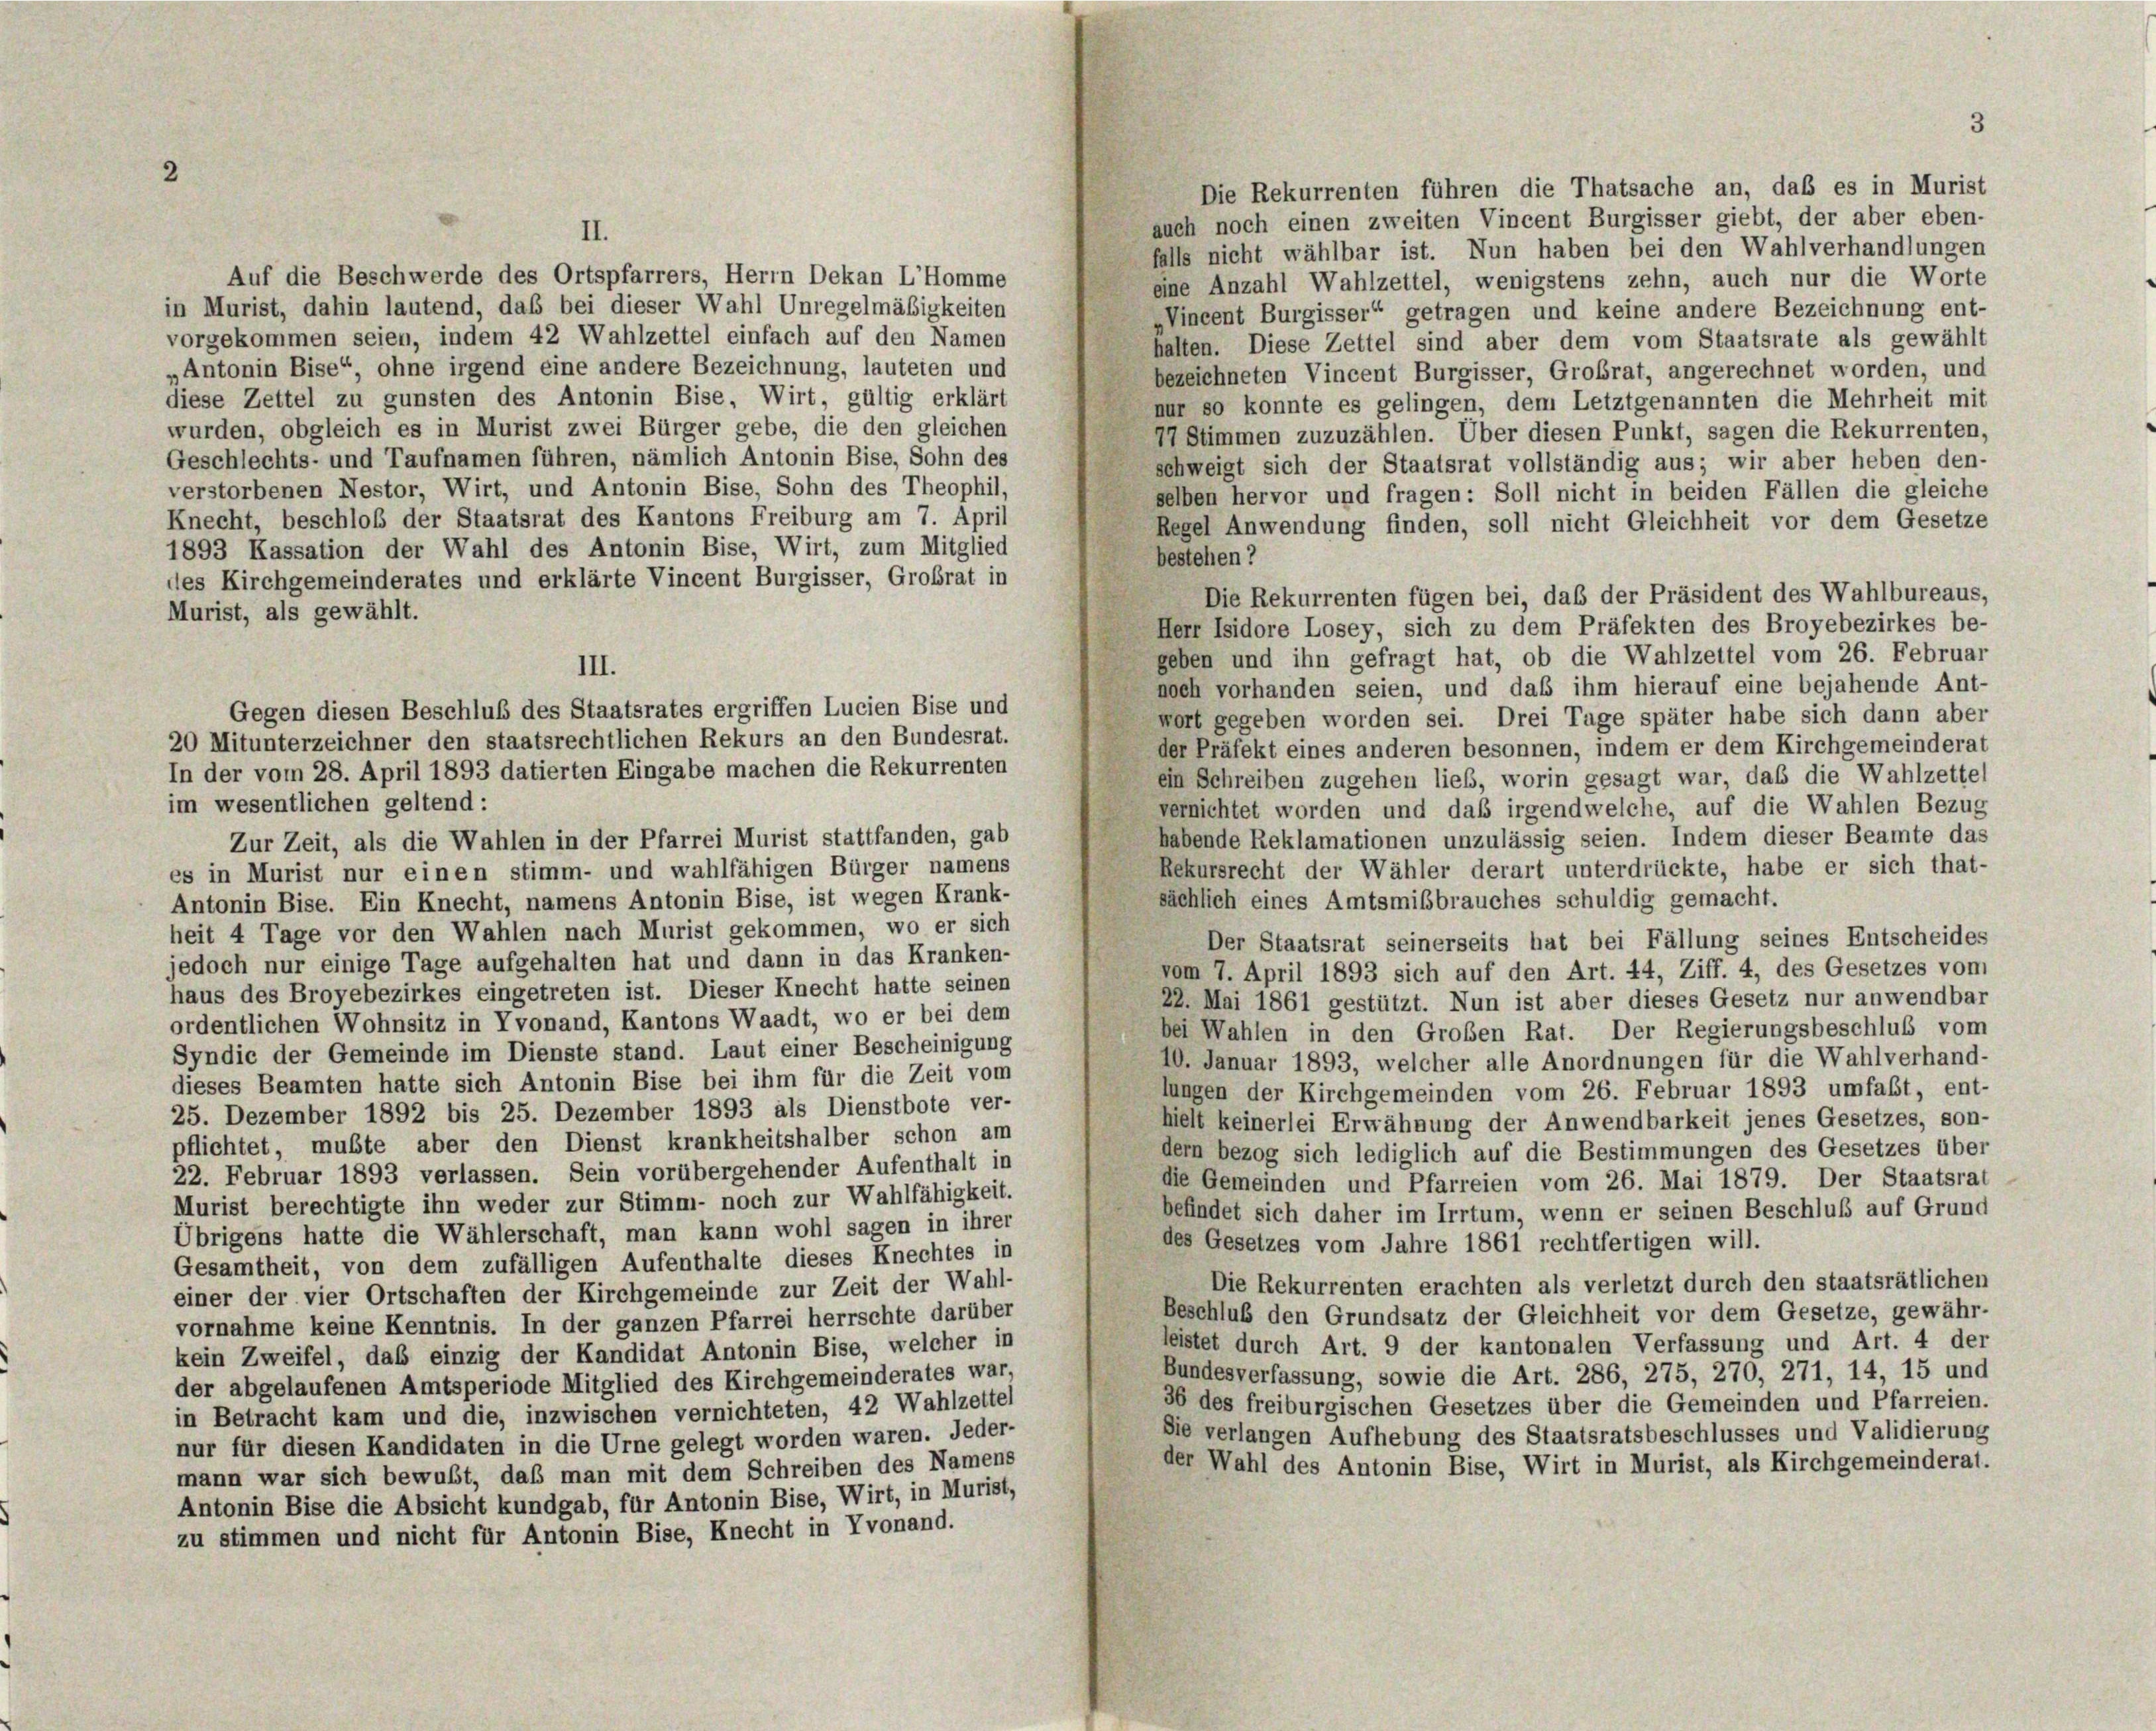
Die Rekurrenten führen die Thatsache an, daß es in Murist
auch noch einen zweiten Vincent Burgisser giebt, der aber eben-
II.
falls nicht wählbar ist. Nun haben bei den Wahlverhandlungen
Auf die Beschwerde des Ortspfarrers, Herrn Dekan L’homme
eine Anzahl Wahlzettel, wenigstens zehn, auch nur die Worte
in Murist, dahin lautend, daß bei dieser Wahl Unregelmäßigkeiten
Nincent Burgisser“ getragen und keine andere Bezeichnung ent-
vorgekommen seien, indem 42 Wahlzettel einfach auf den Namen
halten. Diese Zettel sind aber dem vom Staatsrate als gewählt
„Antonin Bise“, ohne irgend eine andere Bezeichnung, lauteten und
bezeichneten Vincent Burgisser, Grobrat, angerechnet worden, und
diese Zettel zu gunsten des Antonin Bise, Wirt, gültig erklärt
nur so konnte es gelingen, dem Letztgenannten die Mehrheit mit
wurden, obgleich es in Murist zwei Bürger gebe, die den gleichen
Stimmen zuzuzählen. Über diesen Punkt, sagen die Rekurrenten,
Geschlechts- und Taufnamen führen, nämlich Antonin Bise, Sohn des
schweigt sich der Staatsrat vollständig aus; wir aber heben den-
verstorbenen Nestor, Wirt, und Antonin Bise, Sohn des Theophil,
selben hervor und fragen: Soll nicht in beiden Fällen die gleiche
Knecht, beschloß der Staatsrat des Kantons Freiburg am 7. April
Regel Anwendung finden, soll nicht Gleichheit vor dem Gesetze
1893 Kassation der Wahl des Antonin Bise, Wirt, zum Mitglied
bestehen?
des Kirchgemeinderates und erklärte Vincent Burgisser, Großrat in
Die Rekurrenten fügen bei, daß der Präsident des Wahlbureaus,
Murist, als gewählt.
Herr Isidore Losey, sich zu dem Präfekten des Broyebezirkes be-
geben und ihn gefragt hat, ob die Wahlzettel vom 26. Februar
III.
noch vorhanden seien, und daß ihm hierauf eine bejahende Ant-
Gegen diesen Beschluß des Staatsrates ergriffen Lucien Bise und
wort gegeben worden sei. Drei Tage später habe sich dann aber
20 Mitunterzeichner den staatsrechtlichen Rekurs an den Bundesrat.
der Präfekt eines anderen besonnen, indem er dem Kirchgemeinderat
In der vom 28. April 1893 datierten Eingabe machen die Rekurrenten
ein Schreiben zugehen lieb, worin gesagt war, das die Wahlzettel
im wesentlichen geltend:
vernichtet worden und daß irgendwelche, auf die Wahlen Bezug
habende Reklamationen unzulässig seien. Indem dieser Beamte das
Zur Zeit, als die Wahlen in der Pfarrei Murist stattfanden, gab
Rekursrecht der Wähler derart unterdrückte, habe er sich that-
es in Murist nur einen stimm- und wahlfähigen Bürger namens
sächlich eines Amtsmißbrauches schuldig gemacht.
Antonin Bise. Ein Knecht, namens Antonin Bise, ist wegen Krank-
heit 4 Tage vor den Wahlen nach Murist gekommen, wo er sich
Der Staatsrat seinerseits hat bei Fällung seines Entscheides
jedoch nur einige Tage aufgehalten hat und dann in das Kranken-
vom 7. April 1893 sich auf den Art. 44, Ziff. 4, des Gesetzes vom
haus des Broyebezirkes eingetreten ist. Dieser Knecht hatte seinen
22. Mai 1861 gestützt. Nun ist aber dieses Gesetz nur anwendbar
ordentlichen Wohnsitz in Tvonand, Kantons Waadt, wo er bei dem
bei Wahlen in den Großen Rat. Der Regierungsbeschluß vom
Syndic der Gemeinde im Dienste stand. Laut einer Bescheinigung
10. Januar 1893, welcher alle Anordnungen für die Wahlverhand-
dieses Beamten hatte sich Antonin Bise bei ihm für die Zeit vom
lungen der Kirchgemeinden vom 26. Februar 1893 umfaßt, ent-
25. Dezember 1892 bis 25. Dezember 1893 als Dienstbote ver-
hielt keinerlei Erwähnung der Anwendbarkeit jenes Gesetzes, son-
pflichtet, mußte aber den Dienst krankheitshalber schon am
dern bezog sich lediglich auf die Bestimmungen des Gesetzes über
22. Februar 1893 verlassen. Sein vorübergehender Aufenthalt in
die Gemeinden und Pfarreien vom 26. Mai 1879. Der Staatsrat
Murist berechtigte ihn weder zur Stimm- noch zur Wahlfähigkeit.
befindet sich daher im Irrtum, wenn er seinen Beschluß auf Grund
Übrigens hatte die Wählerschaft, man kann wohl sagen in ihrer
des Gesetzes vom Jahre 1861 rechtfertigen will.
Gesamtheit, von dem zufälligen Aufenthalte dieses Knechtes in
Die Rekurrenten erachten als verletzt durch den staatsrätlichen
einer der vier Ortschaften der Kirchgemeinde zur Zeit der Wahl-
Beschluß den Grundsatz der Gleichheit vor dem Gesetze, gewähr-
vornahme keine Kenntnis. In der ganzen Pfarrei herrschte darüber
leistet durch Art. 9 der kantonalen Verfassung und Art. 4 der
kein Zweifel, daß einzig der Kandidat Antonin Bise, welcher in
Bundesverfassung, sowie die Art. 286, 275, 270, 271, 14, 15 und
der abgelaufenen Amtsperiode Mitglied des Kirchgemeinderates war,
36 des freiburgischen Gesetzes über die Gemeinden und Pfarreien.
in Betracht kam und die, inzwischen vernichteten, 42 Wahlzettel
Sie verlangen Aufhebung des Staatsratsbeschlusses und Validierung
nur für diesen Kandidaten in die Urne gelegt worden waren. Jeder-
der Wahl des Antonin Bise, Wirt in Murist, als Kirchgemeinderat.
mann war sich bewußt, daß man mit dem Schreiben des Namens
Antonin Bise die Absicht kundgab, für Antonin Bise, Wirt, in Murist,
zu stimmen und nicht für Antonin Bise, Knecht in Vvonand.

2

3